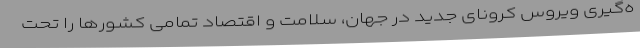
ه‌گیری ویروس کرونای جدید در جهان، سلامت و اقتصاد تمامی کشورها را تحت